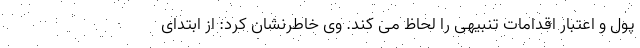
پول و اعتبار اقدامات تنبیهی را لحاظ می کند. وی خاطرنشان کرد: از ابتدای